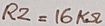
Text: R2=16KΩ